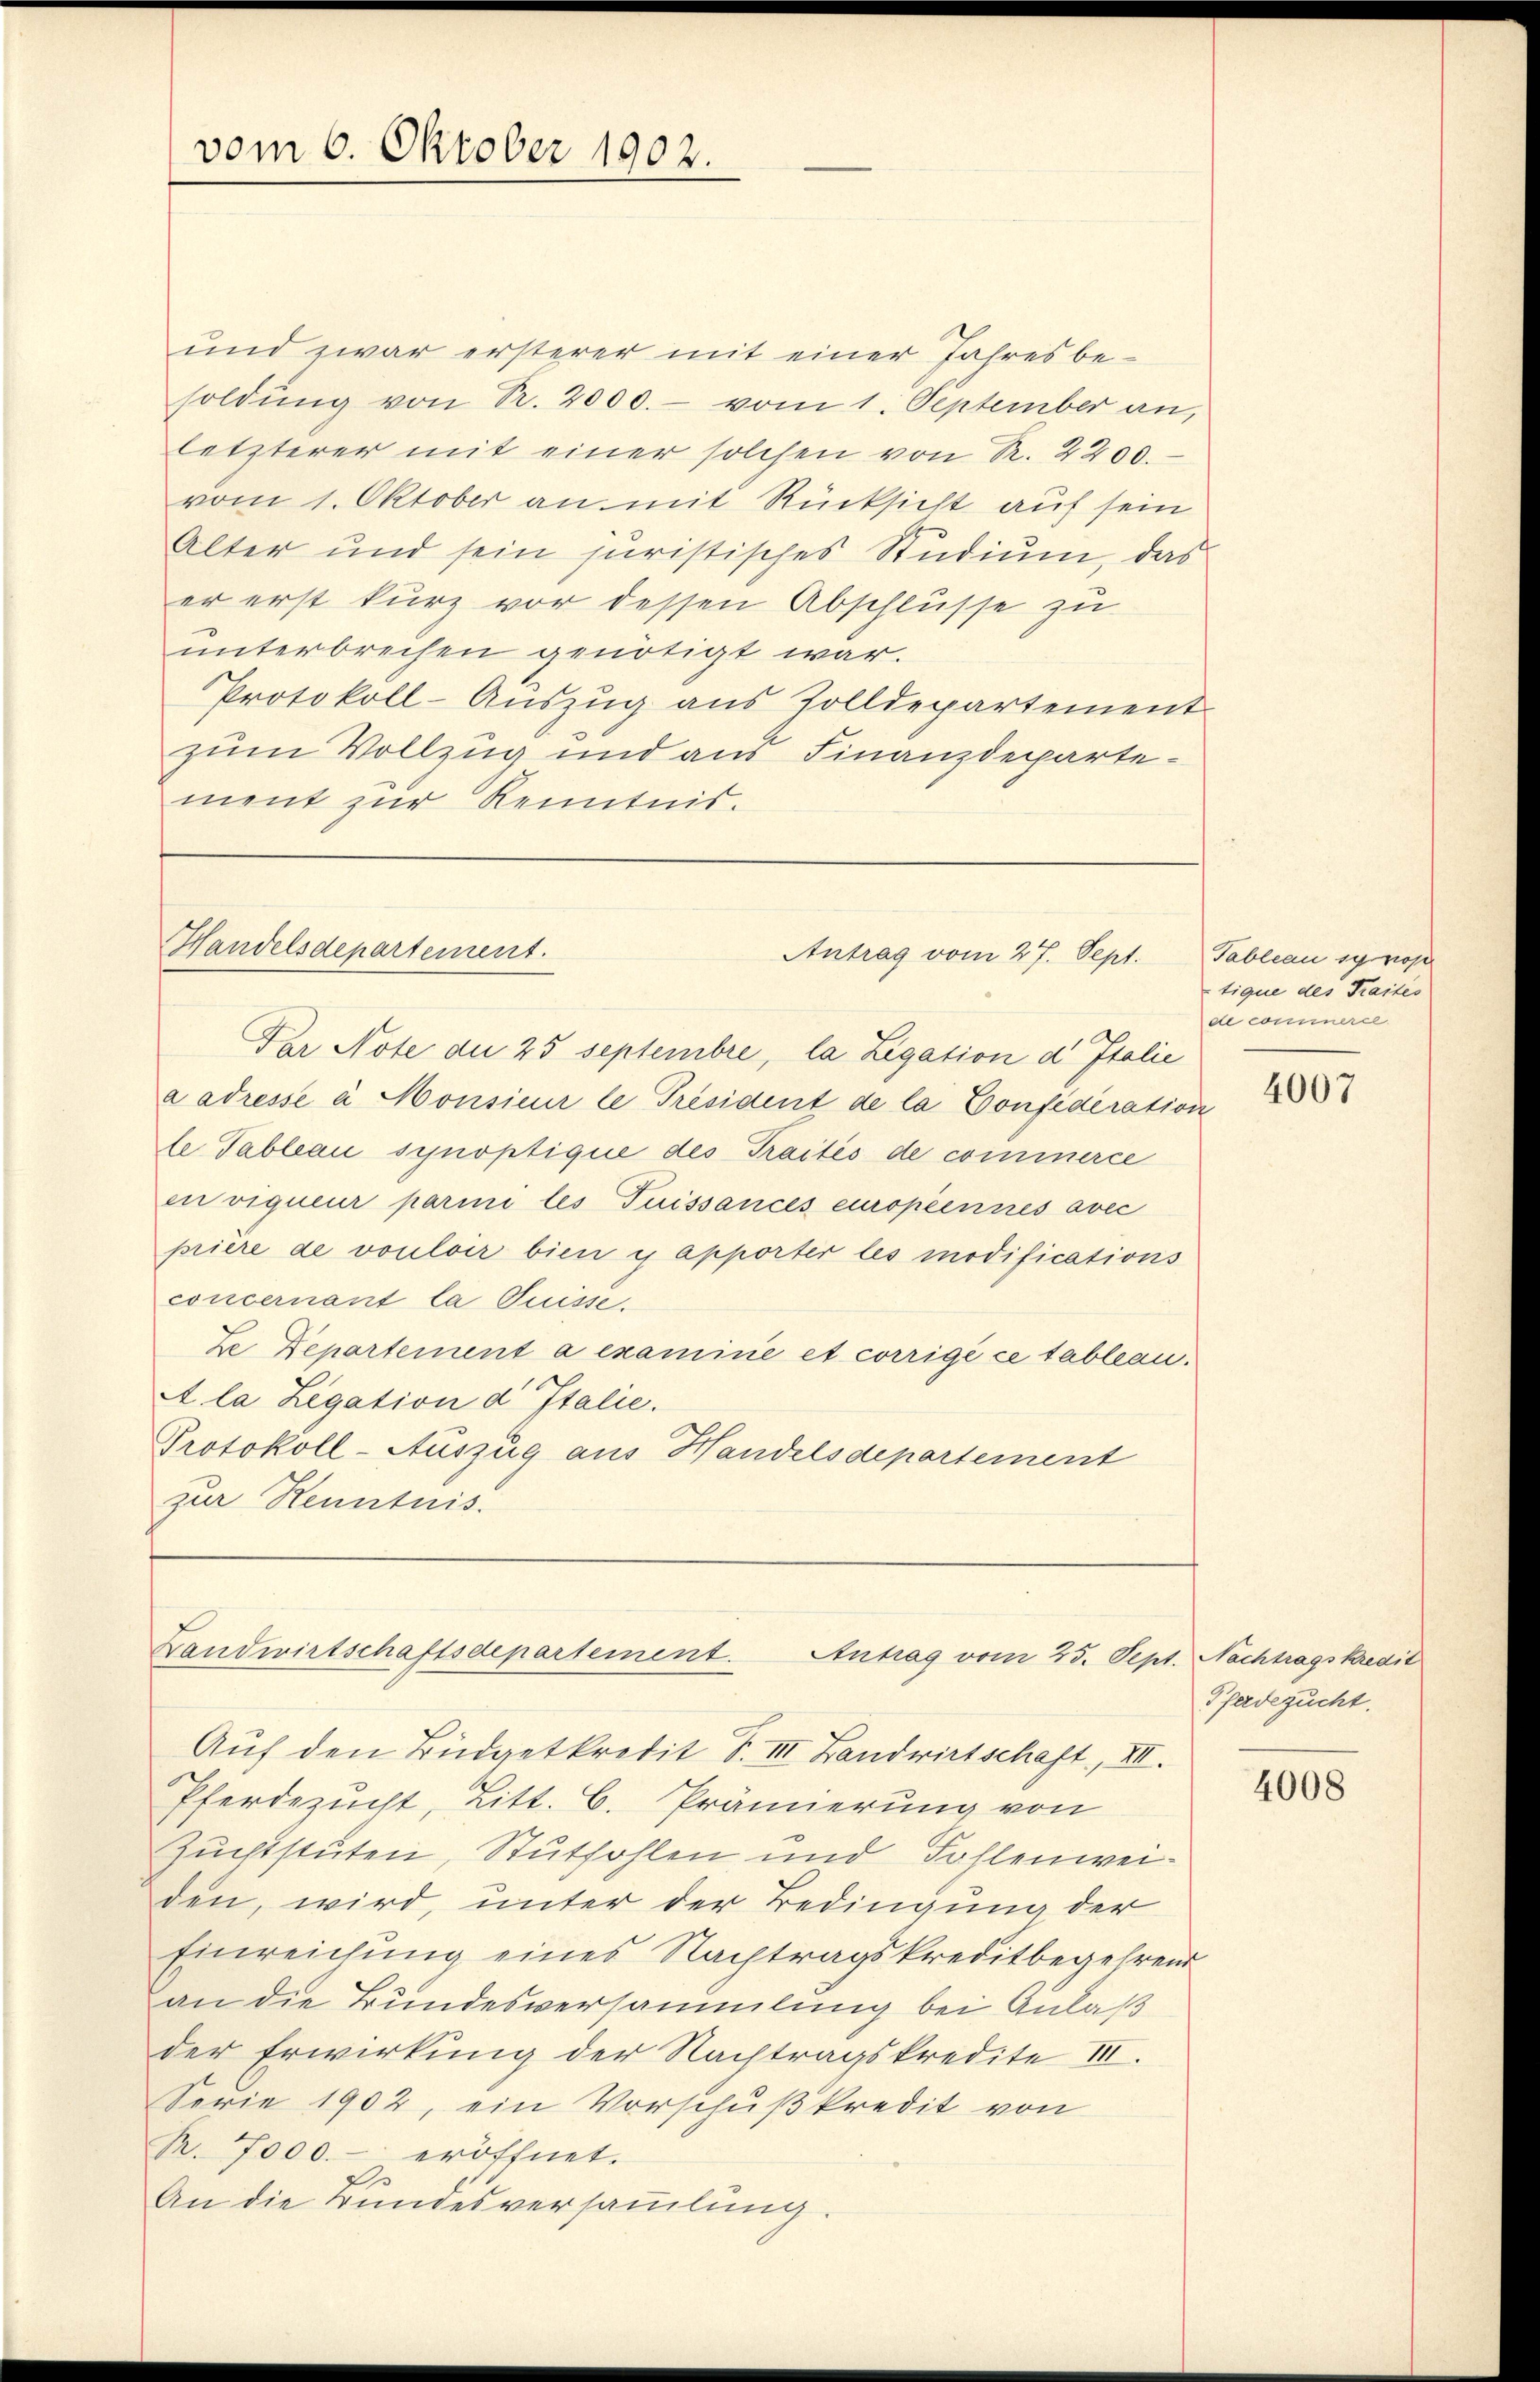
vom 6. Oktober 1902.

und zwar ersterer mit einer Jahresbe-
soldŭng von Pr. 2000.- vom 1. September an,
letzterer mit einer solchen von R. 2200.
vom 1. Oktober an mit Rücksicht auf sein
Alter und sein juristisches Studium, das
er erst kurz vor dessen Abschlüsse zu
unterbrechen genötigt war.
Protokoll-Auszug aus Zolldepartement
zum Vollzug und aus Finanzdepartement zur Kenntnis.

Handelsdepartement.

Antrag vom 27. Sept.

Landwirtschaftsdepartement. Antrag vom 25. Sept. Nachtragskredit

Par Note die 25 Septembre, la Legation d Italie
aadresse à Monsieur le Président de la Confideration
le Tableau synoptique des Traités de commerce
en vigueur parini les Tuissances europeennes avec
priere de vouloir bien es apporter les modifications
concernant la Puisse.
Le Departement a examiné et corrige ce tableau.
A la Legation d Italie.
Protokoll-Auszug aus Handelsdepartement
zur Kenntnis.

Auf den Büdgetkredit S. II. Landwirtschaft, XII.
Pferdezucht, Litt. C. Prämierung von
Zuchtstuten, Stuthohlen und Fohlenweiden, wird, unter der Bedingung der
Einreichung eines Nachtragskreditbegehrend
an die Bundesversammlung bei Anlaß
der Erwirkung der Nachtragskredite III.
Ferie 1902, ein Vorschußkredit von
R. 7000.- eröffnet.
An die Bundesversammlung.

Tableau sy ros
tique des Traites
de commerce

4007

Pferdezucht.

4008